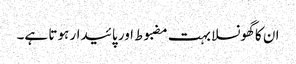
ان کا گھونسلا بہت مضبوط اور پائیدار ہوتا ہے۔